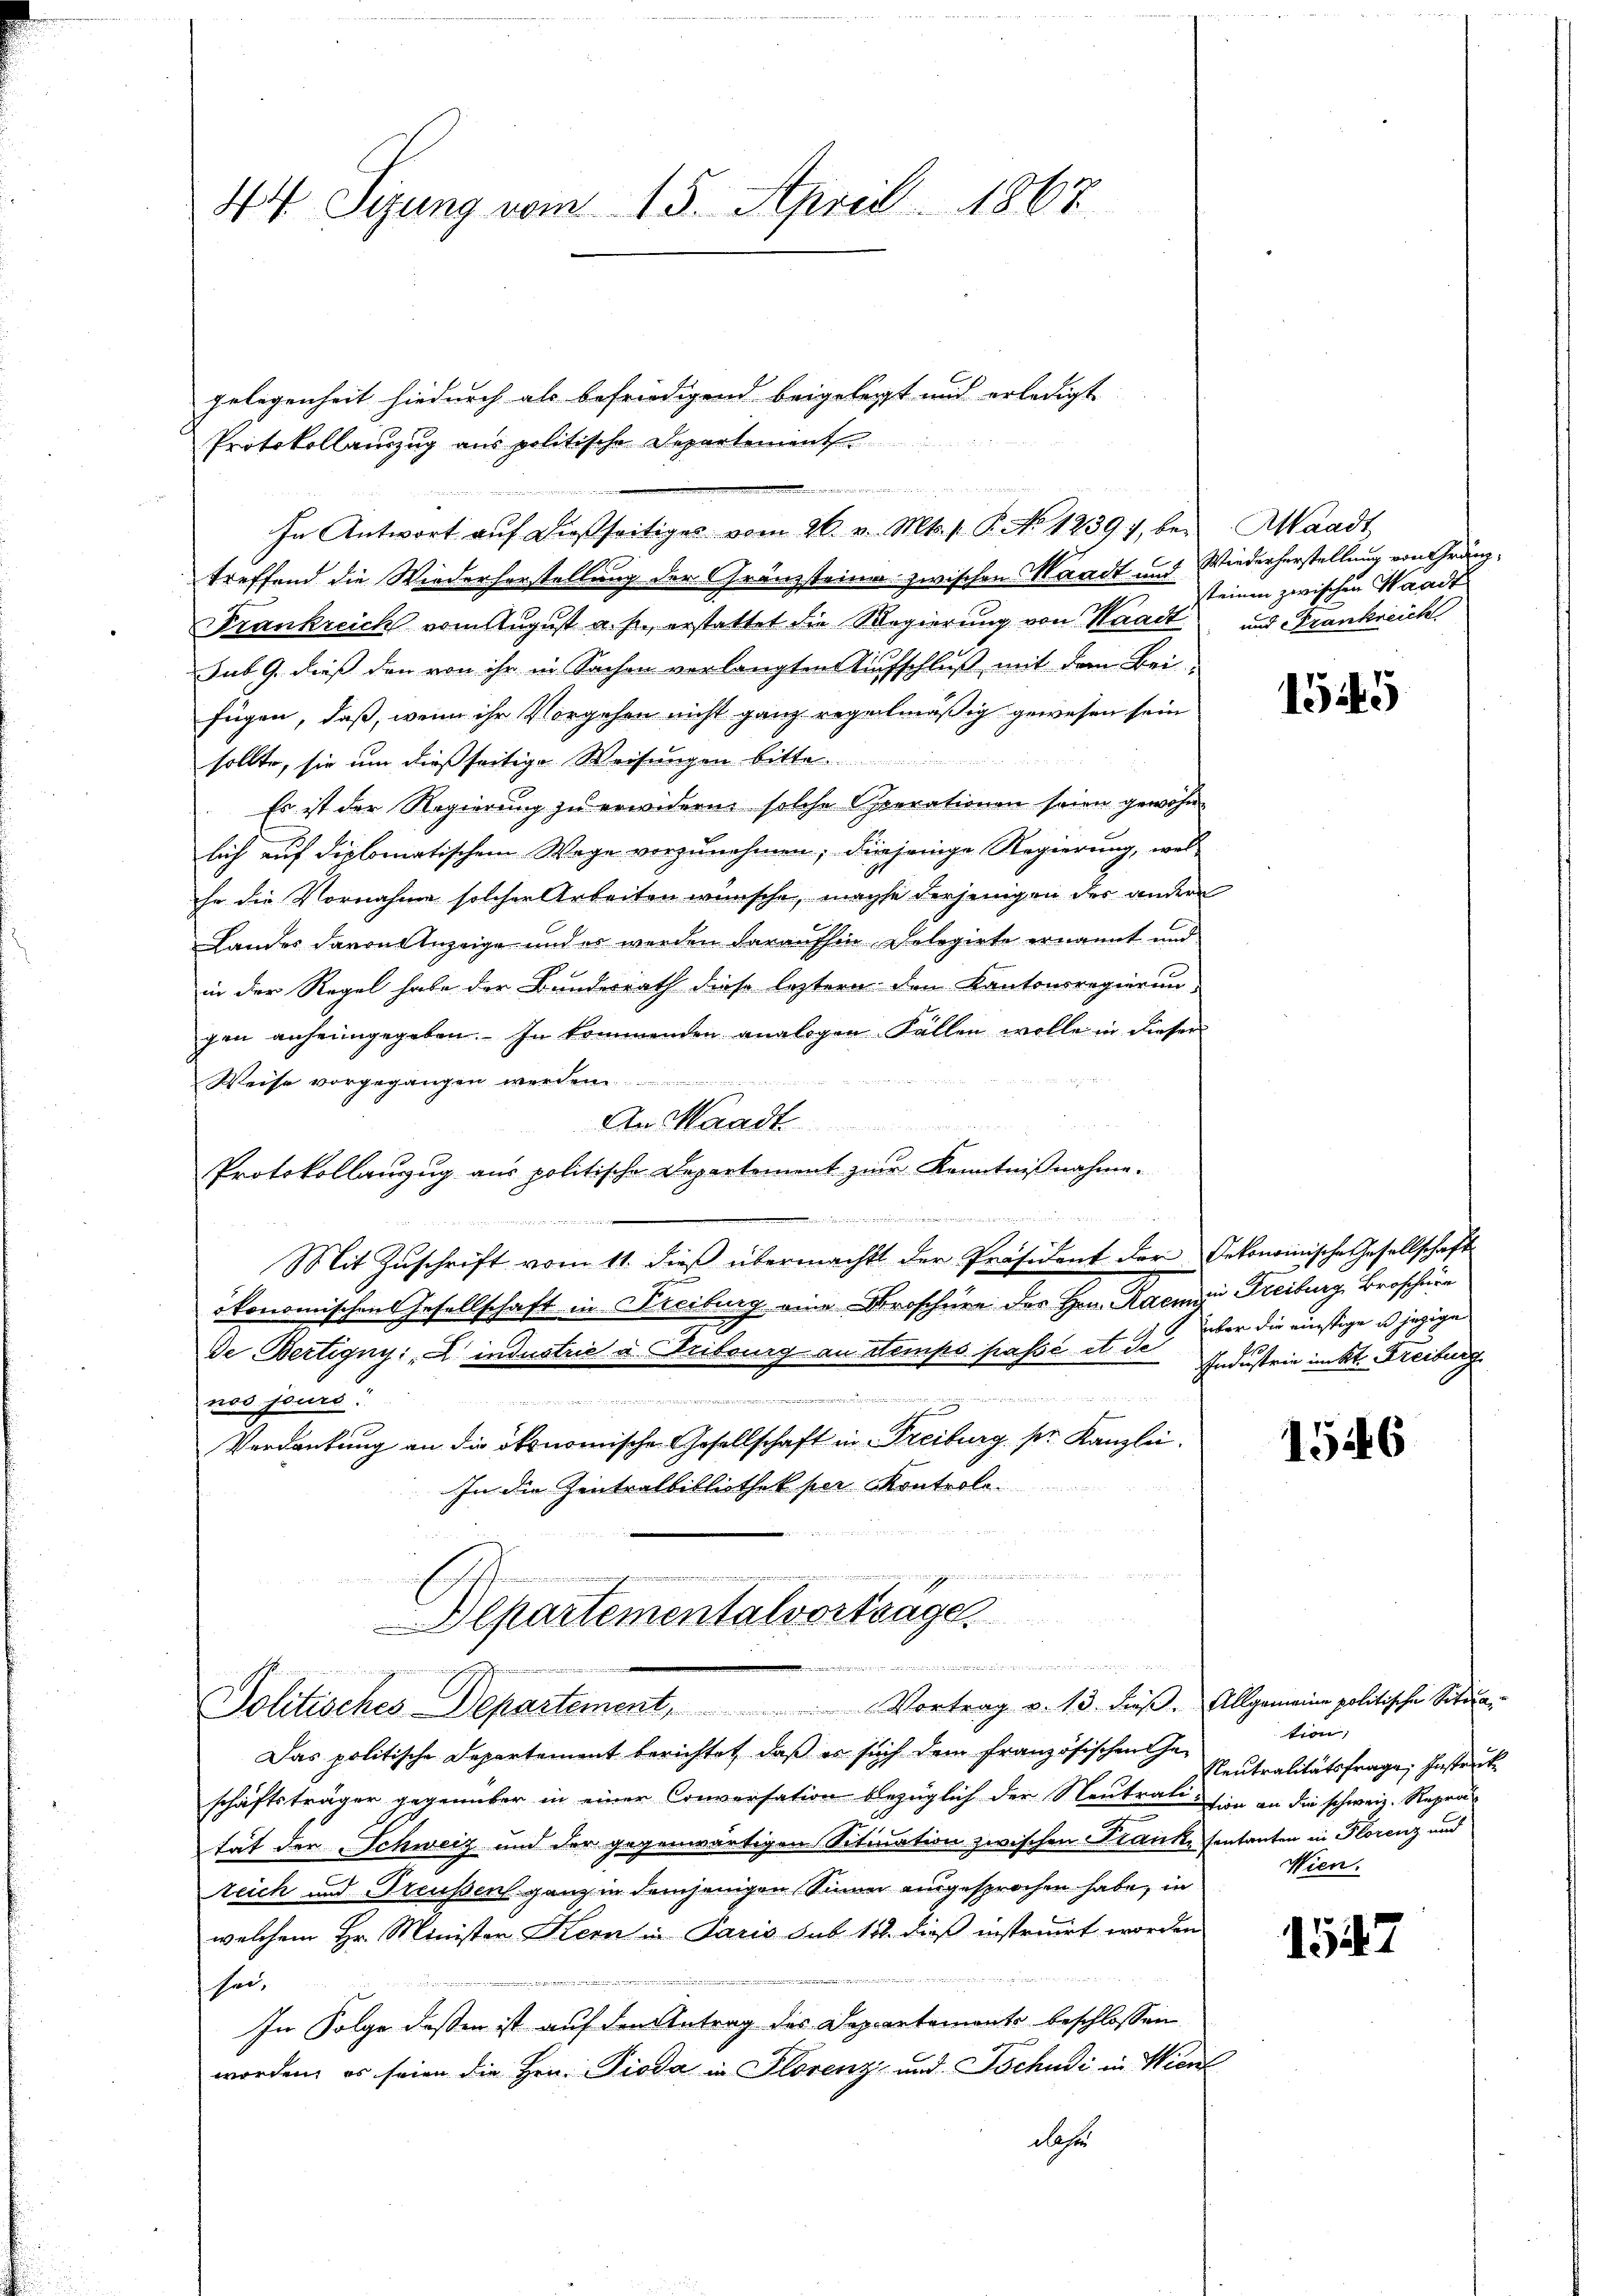
44 Syung vom 15. April 1867

gelegenheit hiedurch als befriedigend beigelegt und erledigt
Protokollanzug aus politische Departement
In Antwort aŭf dießseitiges vom 26. v. Mts. v. P. No 12397, bei Waadt,
treffend die Wiederhorstellung der Gränzsteine zwischen Waadt und Wiederherstellung von Gränz¬
3
Frankreich vom August a. p., erstattet die Regierung von Waadt und Frankreich
sub 9. dieß den von ihr in Sachen verlangten Aufschluß mit dem Beifügen, daß, wenn ihr Vorgehen nicht ganz regelmäßig gewesen sein
sollte, sie um dießseitige Weisungen bitte
Es ist der Regierung zu erwidern solche Operationen seien gewohn-
lich auf diplomatischem Wage vorzunehmen; diejenige Regierung, wel-
che die Vornahme solcher Arbeiten wünsche, mache derjenigen der andern
Landes davon Anzeige und er werden darauschen Delegirte ernannt und
in der Regel habe der Bundesrath diese leztern den Kantonsregierun-
gen anheimgegeben. In kommenden analogen Fällen wolle in dieser
Weise vorgegangen werden
An Waadt
Protokollanzug aus politische Departement zur Kenntnißnahme.
B I S. 2
Mit Zŭschrift vom 11. dieβ übermacht der Präsident der Oekonomische Gesellschaft
ökonomischen Gesellschaft in Freiburg eine Broschüre des Hrn. Raene Freiburg, Broschüre
de Bertigny: industrie u. Fribourg an Stemps passé et de Gedustrie im St. Freiburg
27

nos jours.

Verdankung an die ökonomische Gesellschaft in Freiburg pr. Kanzlei.
In die Zentralbibliothek per Kontrole.
Ersten
Alpartementatvortrage

i
Politisches Departement, Vortrag v. 13. dieß. Allgemeine politische Situa

den der einen u. wie er werden vernennen.

keinen zwischen Waadt

Das politische Departement berichtet, daß es such dem französischen Ge-
schäftsträger gegenüber in einer Conversation bezüglich der Neutralision an die schweiz. Reprätät der Schweiz und der gegenwärtigen Sitination zwischen Franke fontanten in Florenz und
eich und Treussen ganz in demjenigen Sinner aingesprochen habe, in
welchem Hr. Minister Kern in Paris sub. 188 dieß instruirt worden
e
sei,
In Folge dessen ist auf den Antrag des Departements beschlossen
worden, es seien die Hrn. Pioda in Florenz und Tschudi in Wiene
das

1545

über die einstige u. jezige

1546

tion,
Neutralitätsfrage, Instruck
Wien.

1527